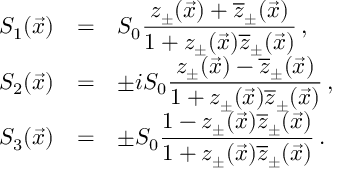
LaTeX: \begin{array} { r c l } { { S _ { 1 } ( \vec { x } ) } } & { { = } } & { { S _ { 0 } \displaystyle \frac { z _ { \pm } ( \vec { x } ) + \overline { { { z } } } _ { \pm } ( \vec { x } ) } { 1 + z _ { \pm } ( \vec { x } ) \overline { { { z } } } _ { \pm } ( \vec { x } ) } \, , } } \\ { { S _ { 2 } ( \vec { x } ) } } & { { = } } & { { \pm i S _ { 0 } \displaystyle \frac { z _ { \pm } ( \vec { x } ) - \overline { { { z } } } _ { \pm } ( \vec { x } ) } { 1 + z _ { \pm } ( \vec { x } ) \overline { { { z } } } _ { \pm } ( \vec { x } ) } \, , } } \\ { { S _ { 3 } ( \vec { x } ) } } & { { = } } & { { \pm S _ { 0 } \displaystyle \frac { 1 - z _ { \pm } ( \vec { x } ) \overline { { { z } } } _ { \pm } ( \vec { x } ) } { 1 + z _ { \pm } ( \vec { x } ) \overline { { { z } } } _ { \pm } ( \vec { x } ) } \, . } } \end{array}